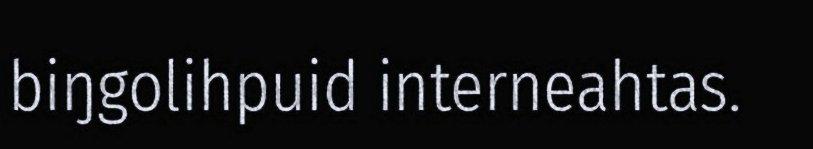
biŋgolihpuid interneahtas.